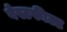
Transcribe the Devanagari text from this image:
वेस्टफील्ड